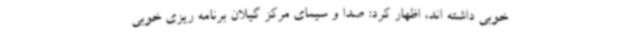
خوبی داشته اند، اظهار کرد: صدا و سیمای مرکز گیلان برنامه ریزی خوبی